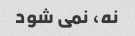
نه، نمی شود